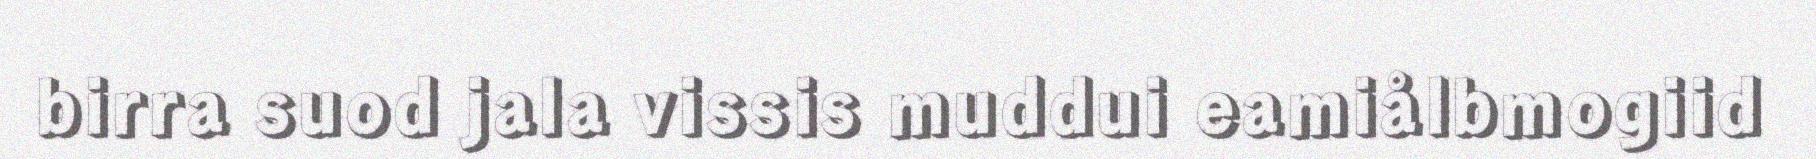
birra suod jala vissis muddui eamiålbmogiid